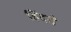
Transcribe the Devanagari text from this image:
हिंदरी